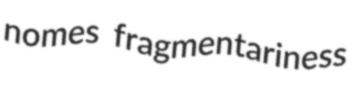
nomes fragmentariness